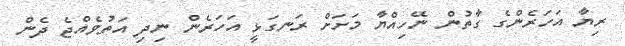
ރިޔާ އަހަރެންގެ ގާތުން ނޭހިއްޔާ މަށަށް ރަނގަޅީ އަހަރެން ނިދި އަތުވެއްޖެ ދެން